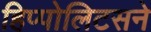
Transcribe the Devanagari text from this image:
हिप्पोलिटसने